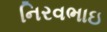
નિરવભાઇ